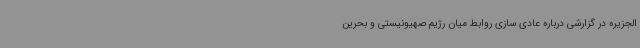
الجزیره در گزارشی درباره عادی سازی روابط میان رژیم صهیونیستی و بحرین